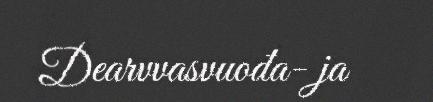
Dearvvasvuođa- ja